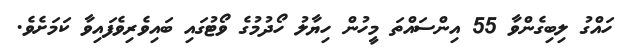
ހައްގު ލިބިގެންވާ 55 އިންސައްތަ މީހުން ހިޔާލު ހޯދުމުގެ ވޯޓުގައި ބައިވެރިވެފައިވާ ކަމަށެވެ.